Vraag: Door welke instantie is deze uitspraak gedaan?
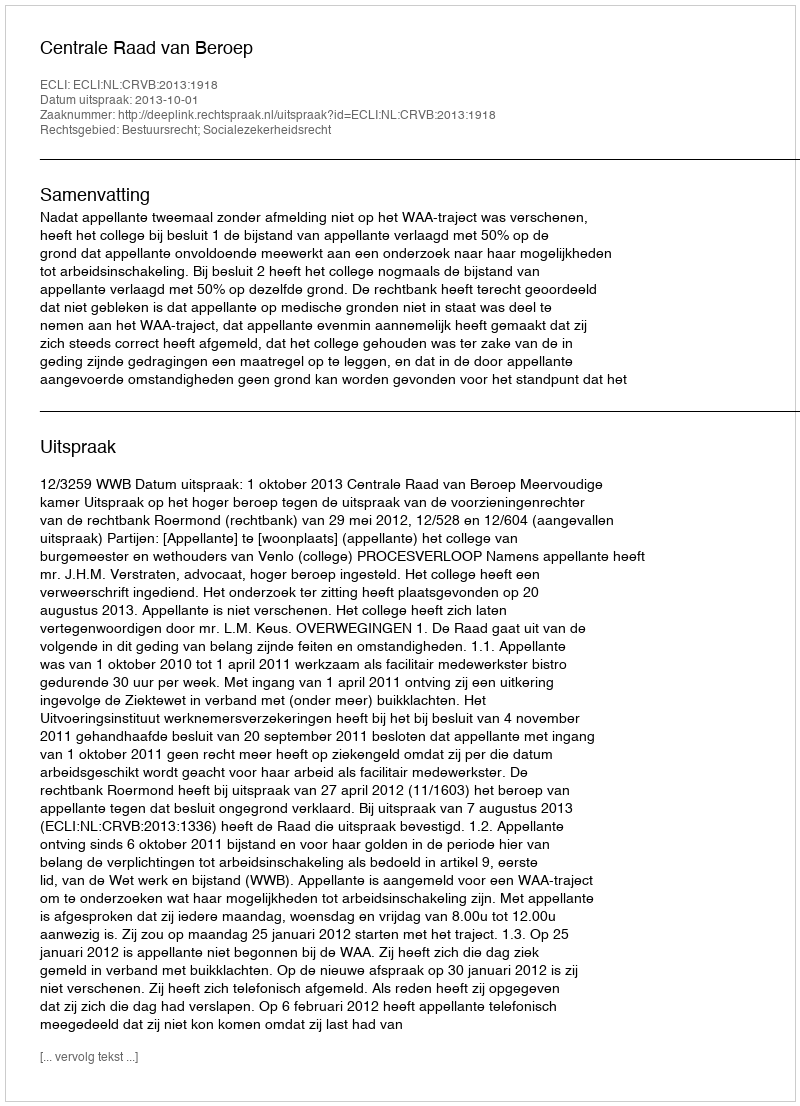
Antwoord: Centrale Raad van Beroep